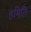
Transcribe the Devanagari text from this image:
हमिति